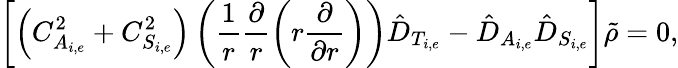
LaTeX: \left[\left(C_{A_{i,e}}^{2}+C_{S_{i,e}}^{2}\right)\left(\frac{1}{r}\frac{\partial}{r}\left(r\frac{\partial}{\partial r}\right)\right)\hat{D}_{T_{i,e}}-\hat{D}_{A_{i,e}}\hat{D}_{S_{i,e}}\right]\tilde{\rho}=0,